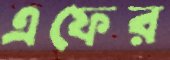
এফের